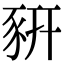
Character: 豜